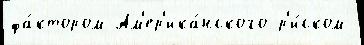
фа́ктором Ам'ер'ика́нского р'и́ском